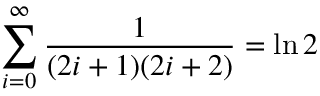
\sum _ { i = 0 } ^ { \infty } { \frac { 1 } { ( 2 i + 1 ) ( 2 i + 2 ) } } = \ln 2